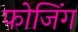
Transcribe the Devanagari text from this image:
फोजिंग